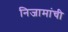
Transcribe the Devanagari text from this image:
निजामांची